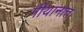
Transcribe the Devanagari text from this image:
गीयानात